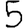
Digit: 5